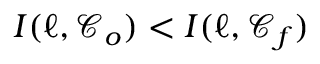
I ( \ell , \mathcal { C } _ { o } ) < I ( \ell , \mathcal { C } _ { f } )